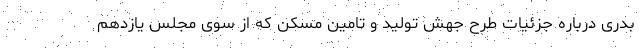
بدری درباره جزئیات طرح جهش تولید و تامین مسکن که از سوی مجلس یازدهم